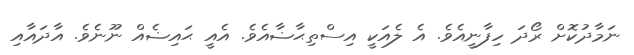
ނަމާދުކޮށް ރޯދަ ހިފާނީއެވެ. އެ ލެއަކީ އިސްތިޙާޟާއެވެ. އެއީ ޙައިޟެއް ނޫނެވެ. އާދައާއި